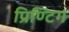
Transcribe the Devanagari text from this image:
प्रिण्टिग